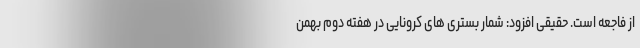
از فاجعه است. حقیقی افزود: شمار بستری های کرونایی در هفته دوم بهمن